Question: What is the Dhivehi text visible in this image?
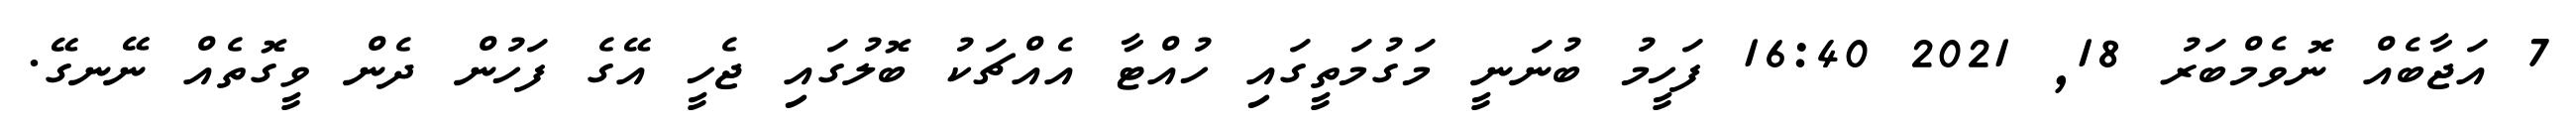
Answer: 7 އަޖާބެއް ނޮވެމްބަރު 18, 2021 16:40 ފަހީމު ބުނަނީ މަގުމަތީގައި ހުއްޓާ އެއްޗަކު ބޮލުގައި ޖެހީ އޭގެ ފަހުން ދެން ވީގޮތެއް ނޭނގޭ.